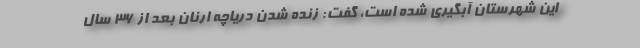
این شهرستان آبگیری شده است، گفت: زنده شدن دریاچه ارنان بعد از 36 سال